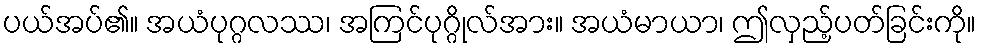
ပယ်အပ်၏။ အယံပုဂ္ဂလဿ၊ အကြင်ပုဂ္ဂိုလ်အား။ အယံမာယာ၊ ဤလှည့်ပတ်ခြင်းကို။